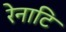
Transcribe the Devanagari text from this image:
रेनाटि